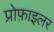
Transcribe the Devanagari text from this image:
प्रोफ़ाइलर